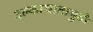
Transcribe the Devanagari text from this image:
उल्काघातामुळे